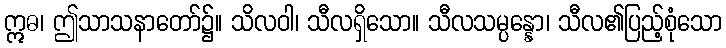
ဣဓ၊ ဤသာသနာတော်၌။ သိလဝါ၊ သီလရှိသော။ သီလသမ္ပန္နော၊ သီလ၏ပြည့်စုံသော